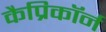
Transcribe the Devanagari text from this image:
कैप्रिकॉर्न